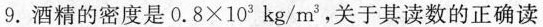
9.酒精的密度是$$0 . 8 × 1 0 3 k g / m ^ { 3 }$$，关于其读数的正确读